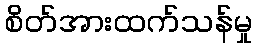
စိတ်အားထက်သန်မှု